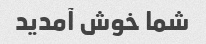
شما خوش آمدید